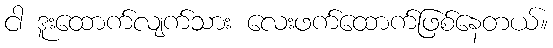
ငါ ဒူးထောက်လျက်သား လေးဖက်ထောက်ဖြစ်နေတယ်။